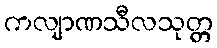
ကလျာဏသီလသုတ္တ